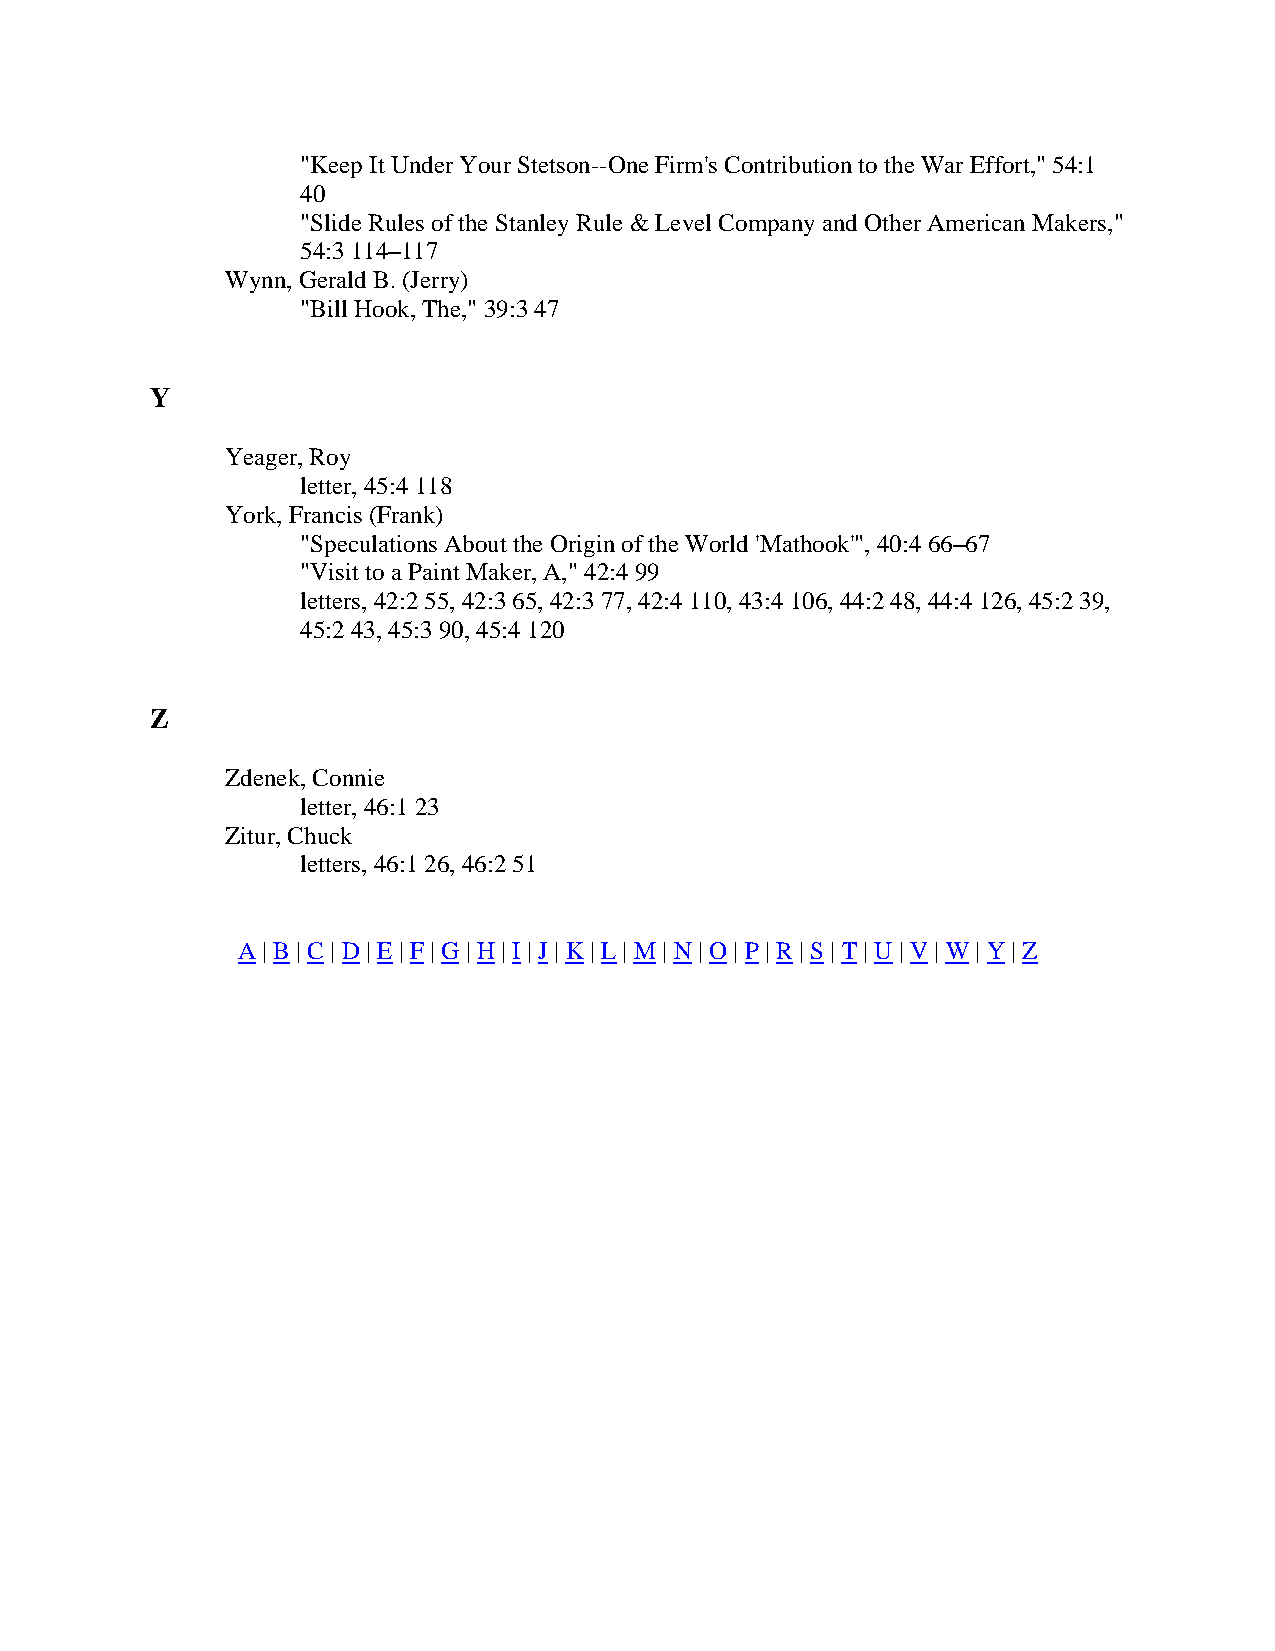
"Keep It Under Your Stetson--One Firm's Contribution to the War Effort," 54:1
 40
 "Slide Rules of the Stanley Rule & Level Company and Other American Makers,"
 54:3 114–117
 Wynn, Gerald B. (Jerry)
 "Bill Hook, The," 39:3 47
 Y
 Yeager, Roy
 letter, 45:4 118
 York, Francis (Frank)
 "Speculations About the Origin of the World 'Mathook'", 40:4 66–67
 "Visit to a Paint Maker, A," 42:4 99
 letters, 42:2 55, 42:3 65, 42:3 77, 42:4 110, 43:4 106, 44:2 48, 44:4 126, 45:2 39,
 45:2 43, 45:3 90, 45:4 120
 Z
 Zdenek, Connie
 letter, 46:1 23
 Zitur, Chuck
 letters, 46:1 26, 46:2 51
 A | B | C | D | E | F | G | H | I | J | K | L | M | N | O | P | R | S | T | U | V | W | Y | Z